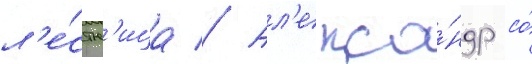
л'е́стн'ица // Ал'екса́ндр со́